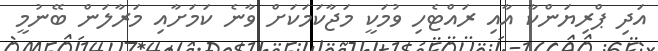
އަދި ޕްރިޔަންކާ އާއި ރައްޓެހި ވުމަކީ މަޖާކަމަކަށް ވާނެ ކަމަށާއި މަރާލަން ބޭނުމީ